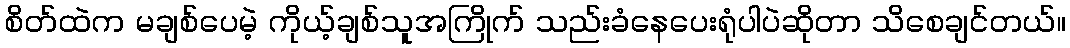
စိတ်ထဲက မချစ်ပေမဲ့ ကိုယ့်ချစ်သူအကြိုက် သည်းခံနေပေးရုံပါပဲဆိုတာ သိစေချင်တယ်။